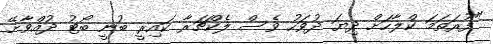
"ފުރަތަމަ ކްލާހަށް ދިޔަ ދުވަހު ވެސް ލެކްޗަރާ ކައިރީ ބުނީ ބޯޓު ދުއްވާށޭ